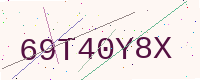
Text: 69T40Y8X